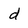
Character: d